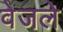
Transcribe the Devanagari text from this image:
वेजले